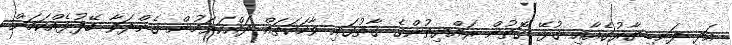
އަދި ފަނޑިޔާރުގެއާއި ގުޅޭ ގޮތުން ރައްޔިތުންގެ ގާތުގައި ވާހަކަތައް ދައްކަވަމުން ގެންދަވާ ބޭފުޅެއްކަމަށް